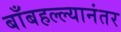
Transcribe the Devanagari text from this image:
बाँबहल्ल्यानंतर